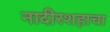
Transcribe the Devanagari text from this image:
नादीरशहाचा